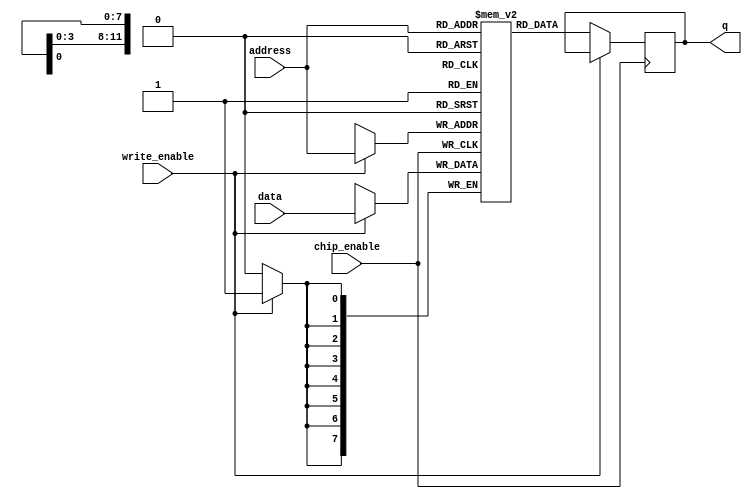
module sram (
    input wire [11:0] address,
    input wire [7:0] data,
    input wire write_enable,
    input wire chip_enable,
    output reg [7:0] q
);

// Define memory array
reg [7:0] mem [0:4095];

// Read and write operations
always @(posedge chip_enable) begin
    if (write_enable) begin
        mem[address] <= data;
    end else begin
        q <= mem[address];
    end
end

endmodule